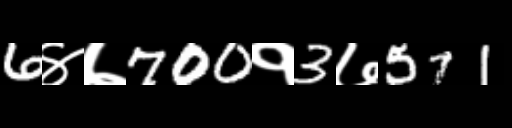
Text: 6४७700१3७571